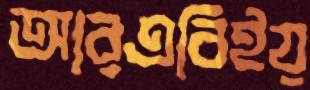
আরএবিইয়